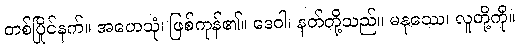
တစ်ပြိုင်နက်။ အဟေသုံ၊ ဖြစ်ကုန်၏။ ဒေဝါ၊ နတ်တို့သည်။ မနုဿေ၊ လူတို့ကို။